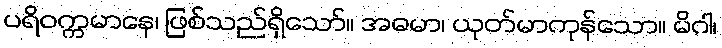
ပရိဝက္ကမာနေ၊ ဖြစ်သည်ရှိသော်။ အဓမာ၊ ယုတ်မာကုန်သော။ မိဂါ၊